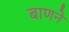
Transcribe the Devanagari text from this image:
बाणने